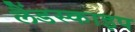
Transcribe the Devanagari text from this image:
लैंडस्काइप